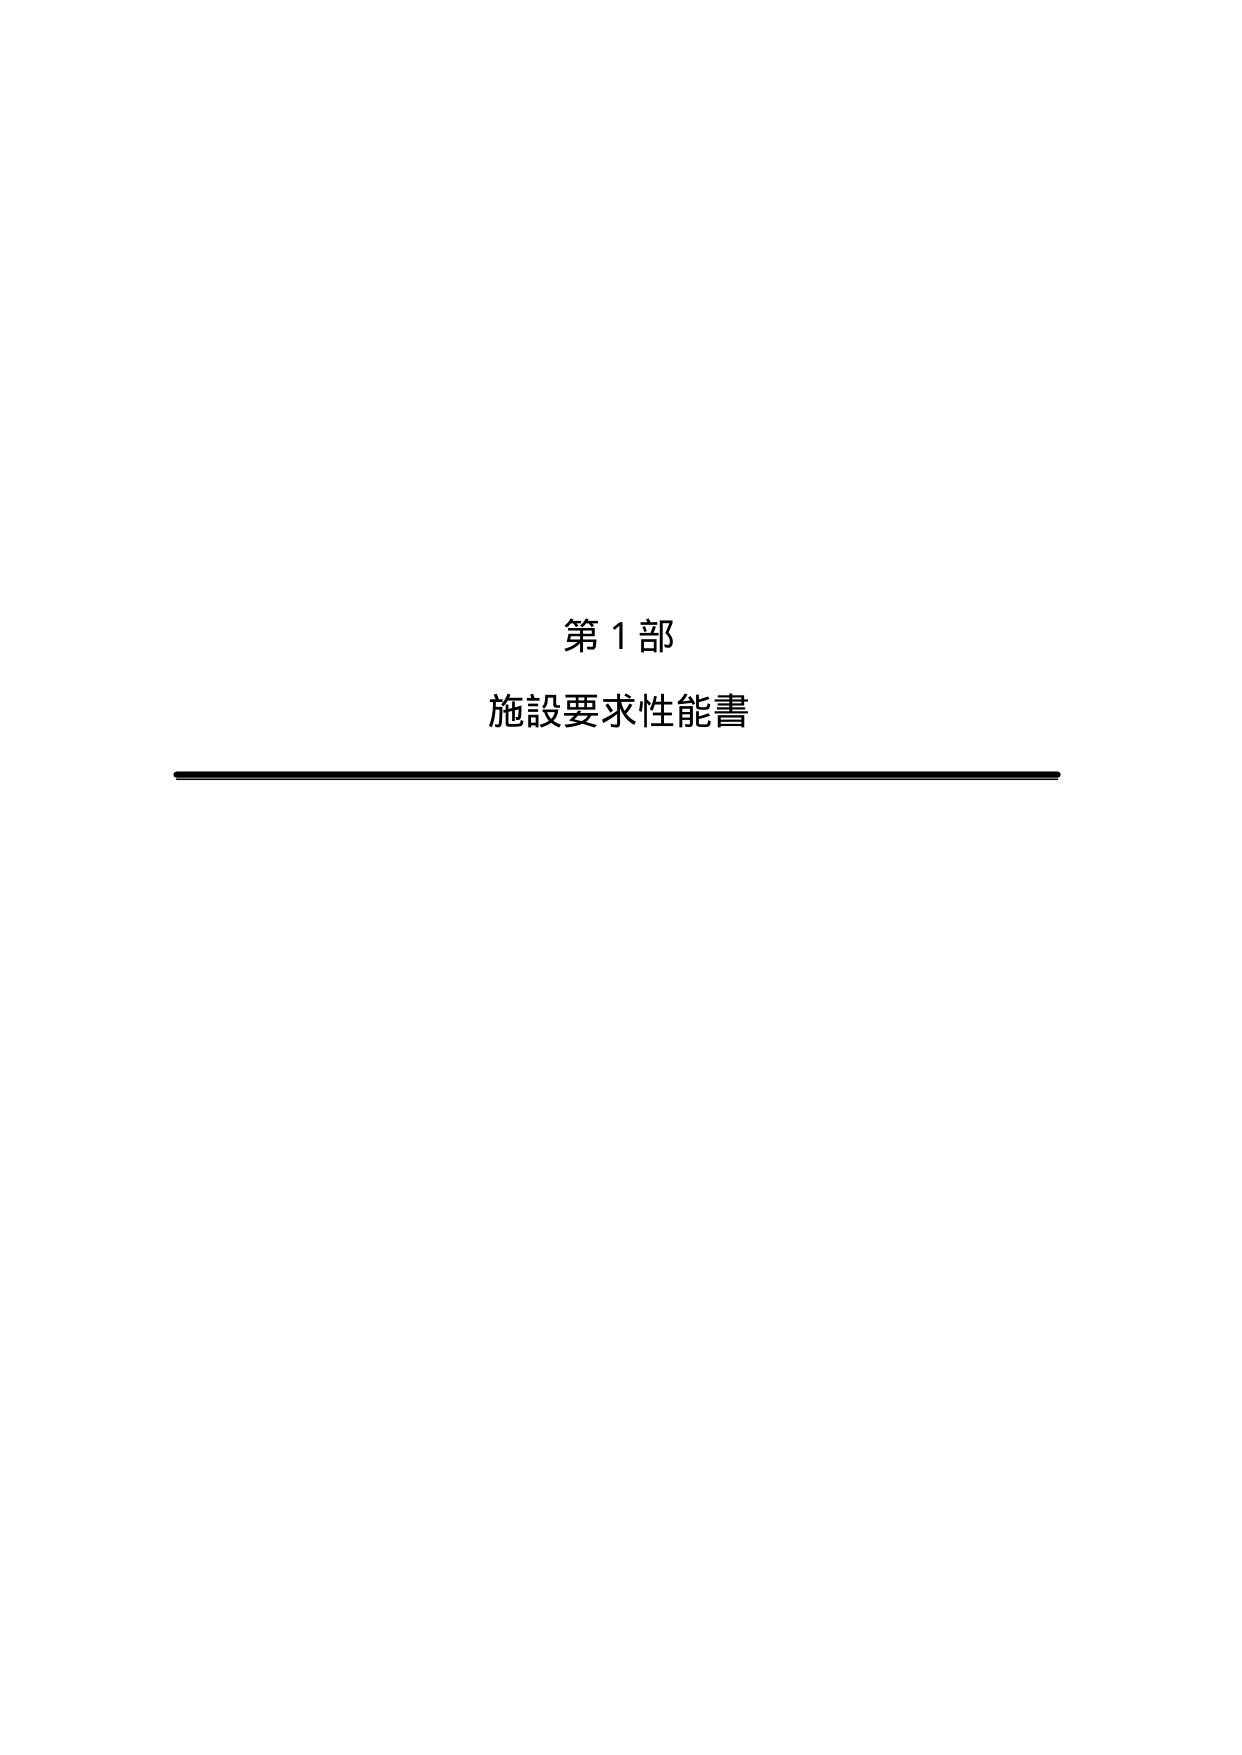
第1部
施設要求性能書